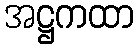
အဋ္ဌကထာ